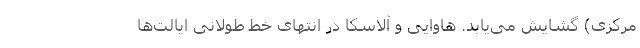
مرکزی) گشایش می‌یابد. هاوایی و آلاسکا در انتهای خط طولانی ایالت‌ها